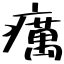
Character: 癘